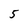
Character: 5